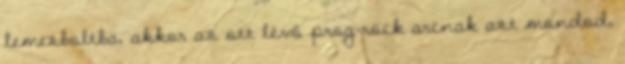
lemezboltba, akkor az ott lévő prog-rock arcnak azt mondod,